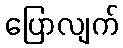
ပြောလျက်